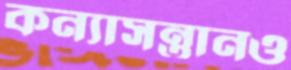
কন্যাসন্তানও